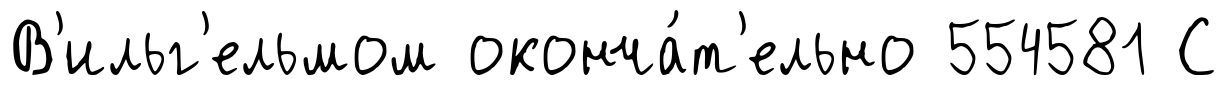
В'ильг'ельмом оконча́т'ельно 554581 С